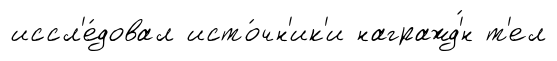
иссл'е́довал исто́чн'ик'и награжд'́н т'ел